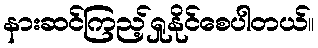
နားဆင်ကြည့်ရှုနိုင်စေပါတယ်။